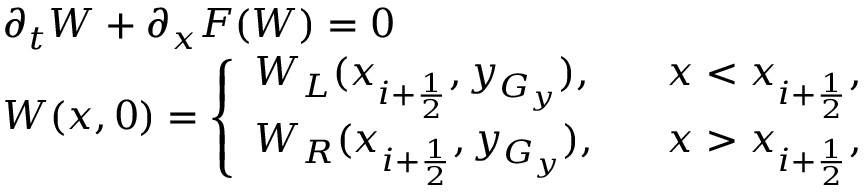
\begin{array} { l l } { \partial _ { t } W + \partial _ { x } F ( W ) = 0 } \\ { W ( x , 0 ) = \left\{ \begin{array} { l l } { W _ { L } ( x _ { i + \frac { 1 } { 2 } } , y _ { G _ { y } } ) , } & { \; \; \; x < x _ { i + \frac { 1 } { 2 } } , } \\ { W _ { R } ( x _ { i + \frac { 1 } { 2 } } , y _ { G _ { y } } ) , } & { \; \; \; x > x _ { i + \frac { 1 } { 2 } } , } \end{array} \right. } \end{array}